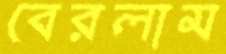
বেরলাম